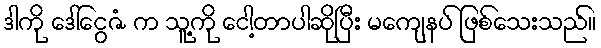
ဒါကို ဒေါ်ငွေဇံ က သူ့ကို ငေါ့တာပါဆိုပြီး မကျေနပ် ဖြစ်သေးသည်။